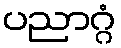
ပညာဂ္ဂံ